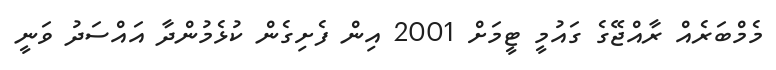
މެމްބަރެއް ރާއްޖޭގެ ގައުމީ ޓީމަށް 2001 އިން ފެށިގެން ކުޅެމުންދާ އައްސަދު ވަނީ